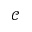
\mathcal { C }